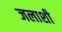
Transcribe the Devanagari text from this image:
जलाशी